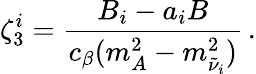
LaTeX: \zeta_{3}^{i}={\frac{B_{i}-a_{i}B}{c_{\beta}(m_{A}^{2}-m_{\tilde{\nu}_{i}}^{2})}}\, .